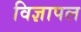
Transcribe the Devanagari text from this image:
विज्ञापल